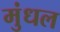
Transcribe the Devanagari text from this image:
मुंधल